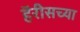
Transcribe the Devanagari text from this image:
हॅरीसच्या